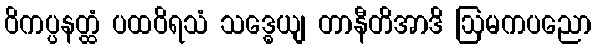
ဝိကပ္ပနတ္ထံ ပထဝိရသံ သဒ္ဓေယျ တာနီတိအာဒိ ဩမကပညော